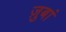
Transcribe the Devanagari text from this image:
ज़ुबां